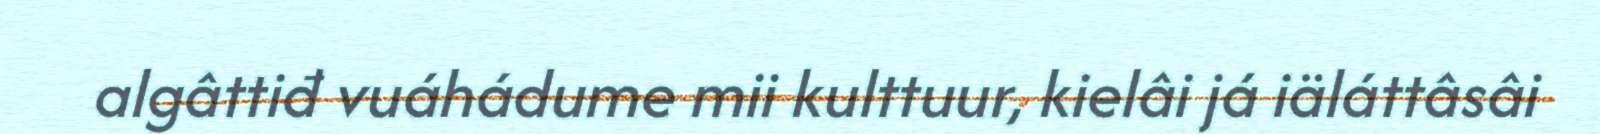
algâttiđ vuáhádume mii kulttuur, kielâi já iäláttâsâi